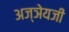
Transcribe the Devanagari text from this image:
अज्ञेयजी